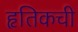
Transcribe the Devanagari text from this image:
हृतिकची